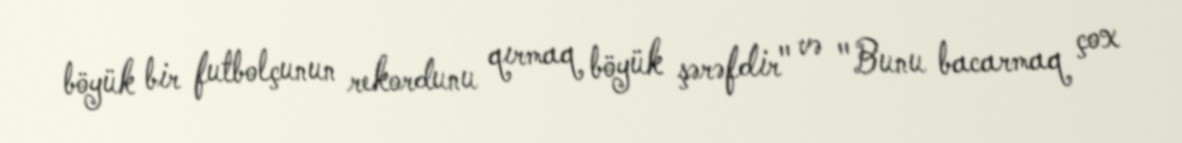
böyük bir futbolçunun rekordunu qırmaq böyük şərəfdir" və "Bunu bacarmaq çox